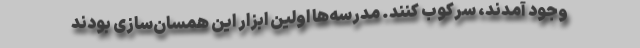
وجود آمدند، سرکوب کنند. مدرسه‌ها‌ اولین ابزار این همسان‌سازی بودند